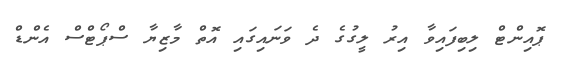
ޕޮއިންޓް ލިބިފައިވާ އިރު ލީގުގެ ދެ ވަނައިގައި އޮތް މާޒިޔާ ސްޕޯޓްސް އެންޑް